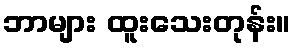
ဘာများ ထူးသေးတုန်း။